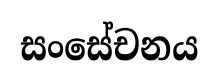
සංසේචනය